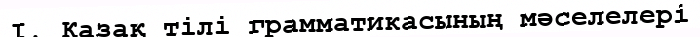
I. Қазақ тілі грамматикасының мәселелері